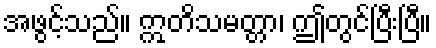
အဖွင့်သည်။ ဣတိသမတ္တာ၊ ဤတွင်ပြီးပြီ။